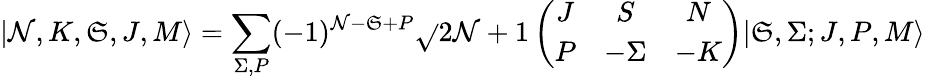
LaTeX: |\mathcal{N},K,\mathfrak{S},J,M\rangle=\sum_{\Sigma,P}(-1)^{\mathcal{N}-\mathfrak{S}+P}\sqrt{}{{2\mathcal{N}+1}}\left(\begin{array}{ccc}{J}&{S}&{N}\\ {P}&{-\Sigma}&{-K}\end{array}\right)|\mathfrak{S},\Sigma;J,P,M\rangle